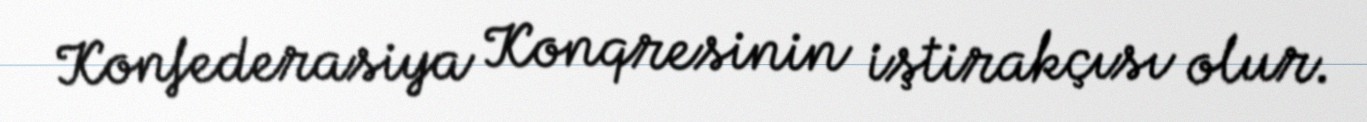
Konfederasiya Konqresinin iştirakçısı olur.